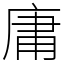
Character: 庸